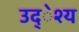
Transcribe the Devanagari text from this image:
उद्ेश्य